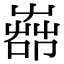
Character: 𦱡